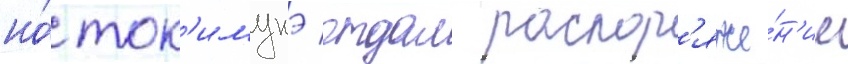
но́ ток'имунэ отдал распор'яже́н'ие